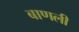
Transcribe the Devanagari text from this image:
बाणली